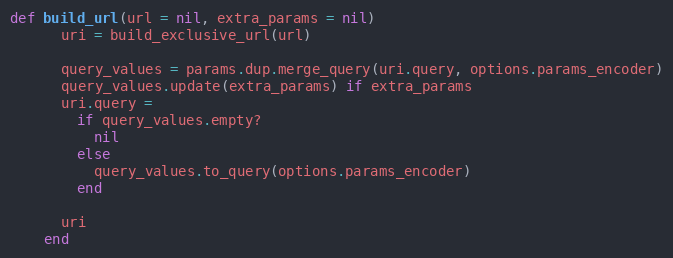
Language: Ruby
def build_url(url = nil, extra_params = nil)
      uri = build_exclusive_url(url)

      query_values = params.dup.merge_query(uri.query, options.params_encoder)
      query_values.update(extra_params) if extra_params
      uri.query =
        if query_values.empty?
          nil
        else
          query_values.to_query(options.params_encoder)
        end

      uri
    end